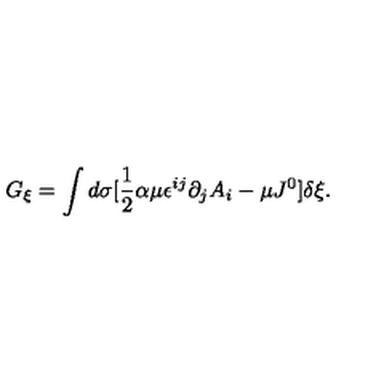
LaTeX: G _ { \xi } = \int d \sigma [ \frac { 1 } { 2 } \alpha \mu \epsilon ^ { i j } \partial _ { j } A _ { i } - \mu J ^ { 0 } ] \delta \xi .